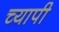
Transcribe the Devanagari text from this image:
च्यापी